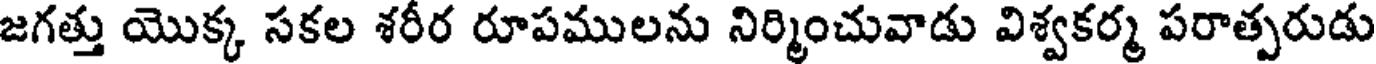
జగత్తు యొక్క సకల శరీర రూపములను నిర్మించువాడు విశ్వకర్మ పరాత్పరుడు